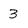
Character: 3